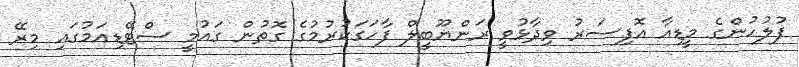
ފުލުހުންގެ މީޑިއާ އޮފިސަރު ވިދާޅުވީ ރަންޔޫބީލް ފާހަގަކުރުމުގެ ގޮތުން ގައުމީ ސްޓޭޑިއަމުގައި މިރޭ